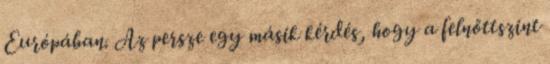
Európában. Az persze egy másik kérdés, hogy a felnőttszint